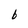
Character: b